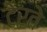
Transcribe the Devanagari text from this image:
टेरते